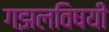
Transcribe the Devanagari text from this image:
गझलविषयी